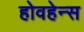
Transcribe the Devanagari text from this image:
होवहेन्स